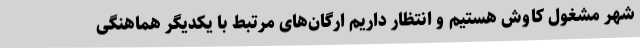
شهر مشغول کاوش هستیم و انتظار داریم ارگان‌های مرتبط با یکدیگر هماهنگی